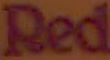
Red